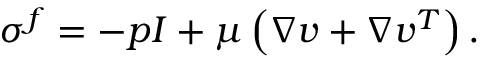
\begin{array} { r } { { \boldsymbol { \sigma } } ^ { f } = - p { \boldsymbol { I } } + \mu \left( \nabla { \boldsymbol { v } } + \nabla { \boldsymbol { v } } ^ { T } \right) . } \end{array}